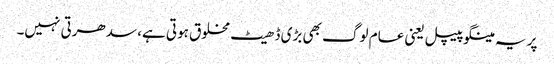
پر یہ مینگو پیپل یعنی عام لوگ بھی بڑی ڈھیٹ مخلوق ہوتی ہے، سدھرتی نہیں۔